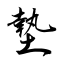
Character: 墊